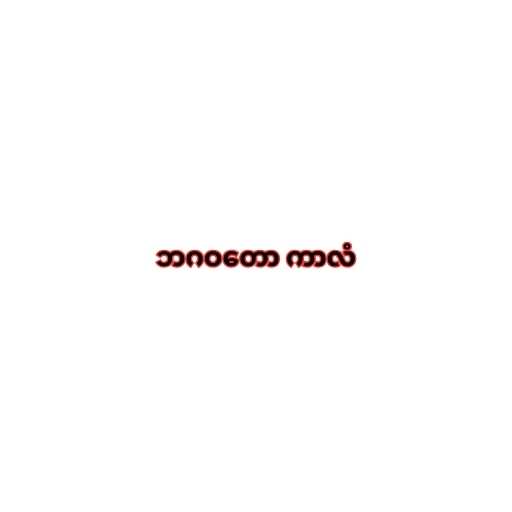
ဘဂဝတော ကာလံ